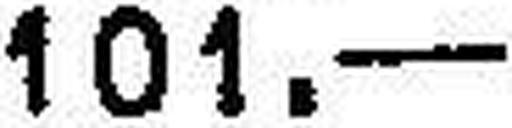
101.—